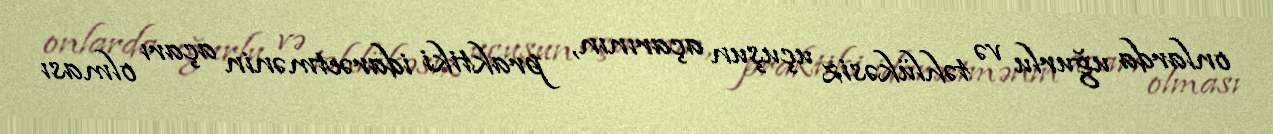
onlarda uğurlu və təhlükəsiz uçuşun açarının, praktiki idarəetmənin açarı olması